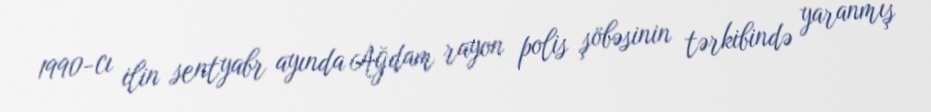
1990-cı ilin sentyabr ayında Ağdam rayon polis şöbəsinin tərkibində yaranmış